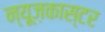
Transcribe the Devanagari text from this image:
न्यूज़कास्टर